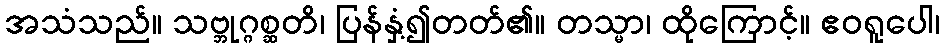
အသံသည်။ သဗ္ဘုဂ္ဂစ္ဆတိ၊ ပြန်နှံ့၍တတ်၏။ တသ္မာ၊ ထိုကြောင့်။ ဧဝရူပေါ၊